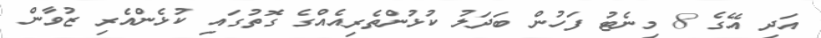
އަދި އޭގެ 8 މިނެޓު ފަހުން ބަދަލު ކުޅުންތެރިއެއްގެ ގޮތުގައި ކުޅެންއެރި ޒުވާން